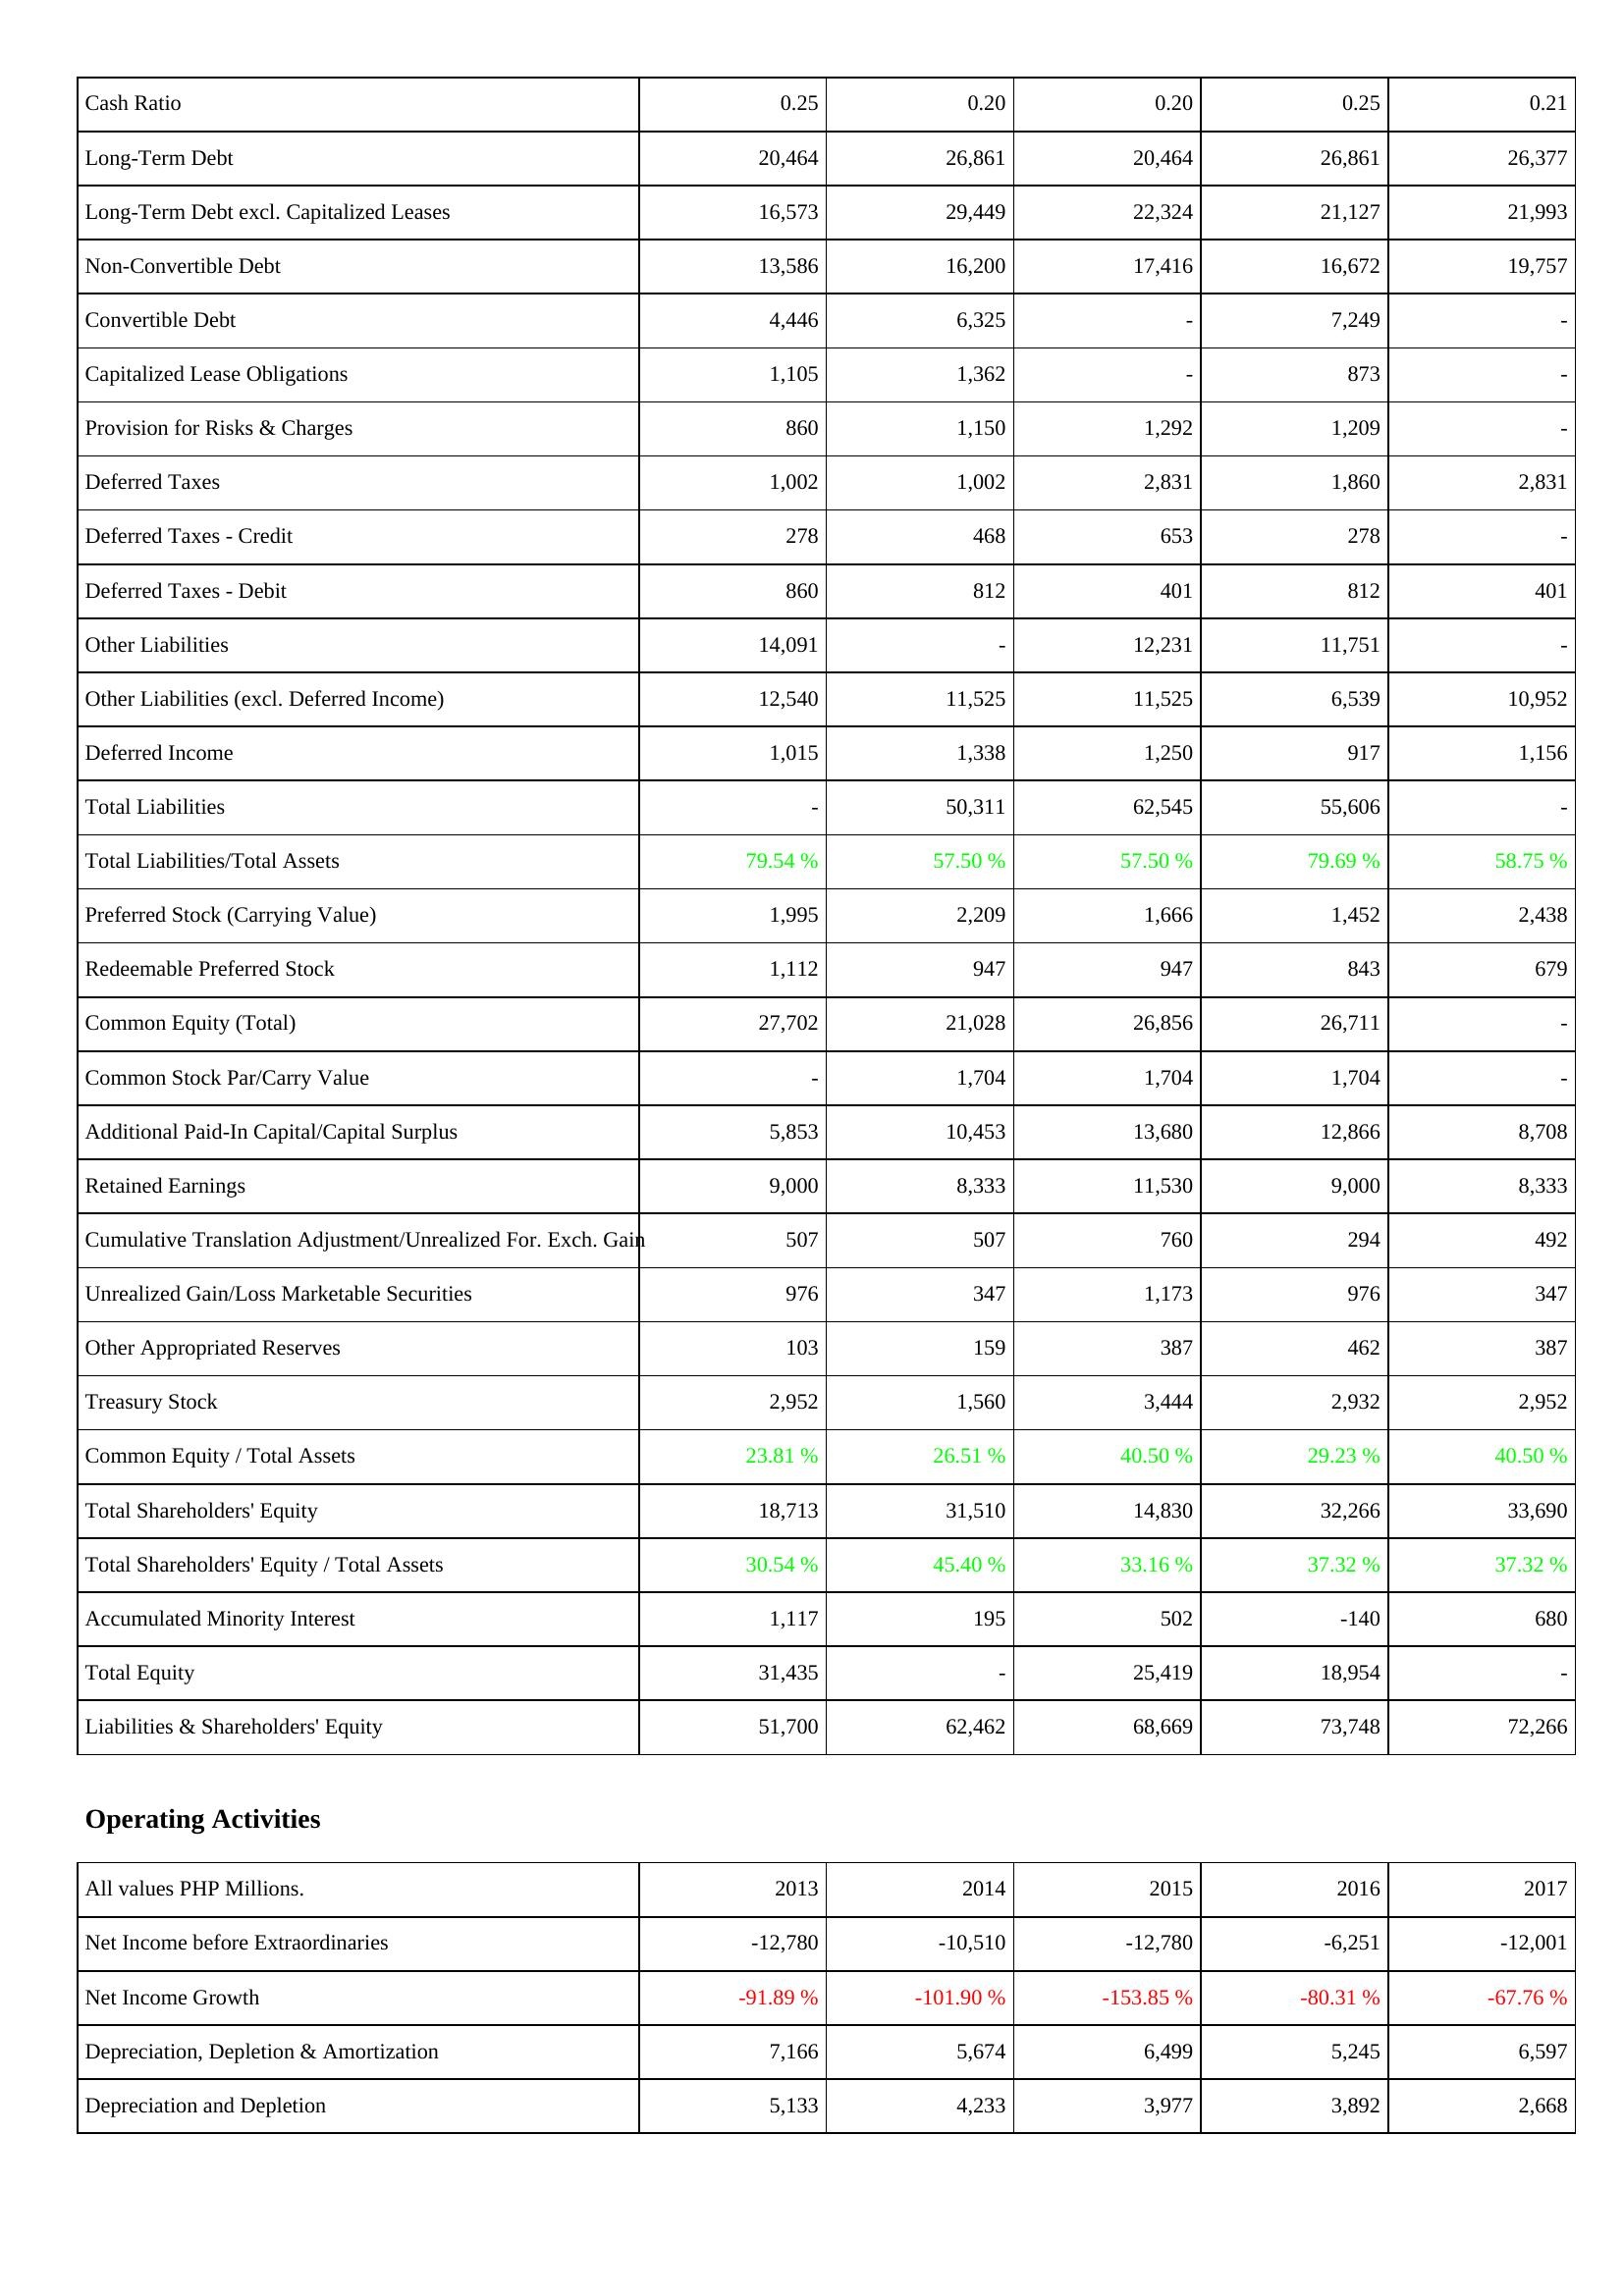
2013: Liabilities & Shareholders' Equity: Cash Ratio: 0.25
Long-Term Debt: 20,464
Long-Term Debt excl. Capitalized Leases: 16,573
Non-Convertible Debt: 13,586
Convertible Debt: 4,446
Capitalized Lease Obligations: 1,105
Provision for Risks & Charges: 860
Deferred Taxes: 1,002
Deferred Taxes - Credit: 278
Deferred Taxes - Debit: 860
Other Liabilities: 14,091
Other Liabilities (excl. Deferred Income): 12,540
Deferred Income: 1,015
Total Liabilities: -
Total Liabilities/Total Assets: 79.54 %
Preferred Stock (Carrying Value): 1,995
Redeemable Preferred Stock: 1,112
Common Equity (Total): 27,702
Common Stock Par/Carry Value: -
Additional Paid-In Capital/Capital Surplus: 5,853
Retained Earnings: 9,000
Cumulative Translation Adjustment/Unrealized For. Exch. Gain: 507
Unrealized Gain/Loss Marketable Securities: 976
Other Appropriated Reserves: 103
Treasury Stock: 2,952
Common Equity / Total Assets: 23.81 %
Total Shareholders' Equity: 18,713
Total Shareholders' Equity / Total Assets: 30.54 %
Accumulated Minority Interest: 1,117
Total Equity: 31,435
Liabilities & Shareholders' Equity: 51,700
Operating Activities: Net Income before Extraordinaries: -12,780
Net Income Growth: -91.89 %
Depreciation, Depletion & Amortization: 7,166
Depreciation and Depletion: 5,133
2014: Liabilities & Shareholders' Equity: Cash Ratio: 0.20
Long-Term Debt: 26,861
Long-Term Debt excl. Capitalized Leases: 29,449
Non-Convertible Debt: 16,200
Convertible Debt: 6,325
Capitalized Lease Obligations: 1,362
Provision for Risks & Charges: 1,150
Deferred Taxes: 1,002
Deferred Taxes - Credit: 468
Deferred Taxes - Debit: 812
Other Liabilities: -
Other Liabilities (excl. Deferred Income): 11,525
Deferred Income: 1,338
Total Liabilities: 50,311
Total Liabilities/Total Assets: 57.50 %
Preferred Stock (Carrying Value): 2,209
Redeemable Preferred Stock: 947
Common Equity (Total): 21,028
Common Stock Par/Carry Value: 1,704
Additional Paid-In Capital/Capital Surplus: 10,453
Retained Earnings: 8,333
Cumulative Translation Adjustment/Unrealized For. Exch. Gain: 507
Unrealized Gain/Loss Marketable Securities: 347
Other Appropriated Reserves: 159
Treasury Stock: 1,560
Common Equity / Total Assets: 26.51 %
Total Shareholders' Equity: 31,510
Total Shareholders' Equity / Total Assets: 45.40 %
Accumulated Minority Interest: 195
Total Equity: -
Liabilities & Shareholders' Equity: 62,462
Operating Activities: Net Income before Extraordinaries: -10,510
Net Income Growth: -101.90 %
Depreciation, Depletion & Amortization: 5,674
Depreciation and Depletion: 4,233
2015: Liabilities & Shareholders' Equity: Cash Ratio: 0.20
Long-Term Debt: 20,464
Long-Term Debt excl. Capitalized Leases: 22,324
Non-Convertible Debt: 17,416
Convertible Debt: -
Capitalized Lease Obligations: -
Provision for Risks & Charges: 1,292
Deferred Taxes: 2,831
Deferred Taxes - Credit: 653
Deferred Taxes - Debit: 401
Other Liabilities: 12,231
Other Liabilities (excl. Deferred Income): 11,525
Deferred Income: 1,250
Total Liabilities: 62,545
Total Liabilities/Total Assets: 57.50 %
Preferred Stock (Carrying Value): 1,666
Redeemable Preferred Stock: 947
Common Equity (Total): 26,856
Common Stock Par/Carry Value: 1,704
Additional Paid-In Capital/Capital Surplus: 13,680
Retained Earnings: 11,530
Cumulative Translation Adjustment/Unrealized For. Exch. Gain: 760
Unrealized Gain/Loss Marketable Securities: 1,173
Other Appropriated Reserves: 387
Treasury Stock: 3,444
Common Equity / Total Assets: 40.50 %
Total Shareholders' Equity: 14,830
Total Shareholders' Equity / Total Assets: 33.16 %
Accumulated Minority Interest: 502
Total Equity: 25,419
Liabilities & Shareholders' Equity: 68,669
Operating Activities: Net Income before Extraordinaries: -12,780
Net Income Growth: -153.85 %
Depreciation, Depletion & Amortization: 6,499
Depreciation and Depletion: 3,977
2016: Liabilities & Shareholders' Equity: Cash Ratio: 0.25
Long-Term Debt: 26,861
Long-Term Debt excl. Capitalized Leases: 21,127
Non-Convertible Debt: 16,672
Convertible Debt: 7,249
Capitalized Lease Obligations: 873
Provision for Risks & Charges: 1,209
Deferred Taxes: 1,860
Deferred Taxes - Credit: 278
Deferred Taxes - Debit: 812
Other Liabilities: 11,751
Other Liabilities (excl. Deferred Income): 6,539
Deferred Income: 917
Total Liabilities: 55,606
Total Liabilities/Total Assets: 79.69 %
Preferred Stock (Carrying Value): 1,452
Redeemable Preferred Stock: 843
Common Equity (Total): 26,711
Common Stock Par/Carry Value: 1,704
Additional Paid-In Capital/Capital Surplus: 12,866
Retained Earnings: 9,000
Cumulative Translation Adjustment/Unrealized For. Exch. Gain: 294
Unrealized Gain/Loss Marketable Securities: 976
Other Appropriated Reserves: 462
Treasury Stock: 2,932
Common Equity / Total Assets: 29.23 %
Total Shareholders' Equity: 32,266
Total Shareholders' Equity / Total Assets: 37.32 %
Accumulated Minority Interest: -140
Total Equity: 18,954
Liabilities & Shareholders' Equity: 73,748
Operating Activities: Net Income before Extraordinaries: -6,251
Net Income Growth: -80.31 %
Depreciation, Depletion & Amortization: 5,245
Depreciation and Depletion: 3,892
2017: Liabilities & Shareholders' Equity: Cash Ratio: 0.21
Long-Term Debt: 26,377
Long-Term Debt excl. Capitalized Leases: 21,993
Non-Convertible Debt: 19,757
Convertible Debt: -
Capitalized Lease Obligations: -
Provision for Risks & Charges: -
Deferred Taxes: 2,831
Deferred Taxes - Credit: -
Deferred Taxes - Debit: 401
Other Liabilities: -
Other Liabilities (excl. Deferred Income): 10,952
Deferred Income: 1,156
Total Liabilities: -
Total Liabilities/Total Assets: 58.75 %
Preferred Stock (Carrying Value): 2,438
Redeemable Preferred Stock: 679
Common Equity (Total): -
Common Stock Par/Carry Value: -
Additional Paid-In Capital/Capital Surplus: 8,708
Retained Earnings: 8,333
Cumulative Translation Adjustment/Unrealized For. Exch. Gain: 492
Unrealized Gain/Loss Marketable Securities: 347
Other Appropriated Reserves: 387
Treasury Stock: 2,952
Common Equity / Total Assets: 40.50 %
Total Shareholders' Equity: 33,690
Total Shareholders' Equity / Total Assets: 37.32 %
Accumulated Minority Interest: 680
Total Equity: -
Liabilities & Shareholders' Equity: 72,266
Operating Activities: Net Income before Extraordinaries: -12,001
Net Income Growth: -67.76 %
Depreciation, Depletion & Amortization: 6,597
Depreciation and Depletion: 2,668